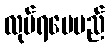
လုပ်ရပေမည်